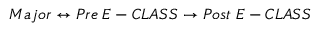
M a j o r \leftrightarrow P r e \; E - C L A S S \rightarrow P o s t \; E - C L A S S